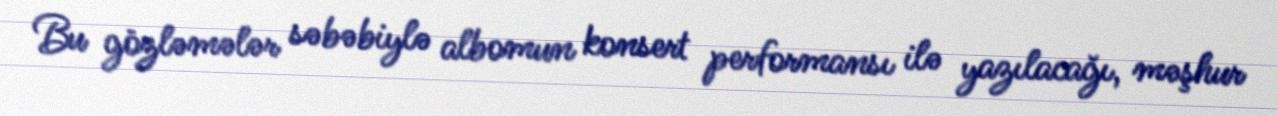
Bu gözləmələr səbəbiylə albomun konsert performansı ilə yazılacağı, məşhur